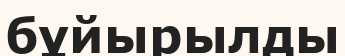
бұйырылды